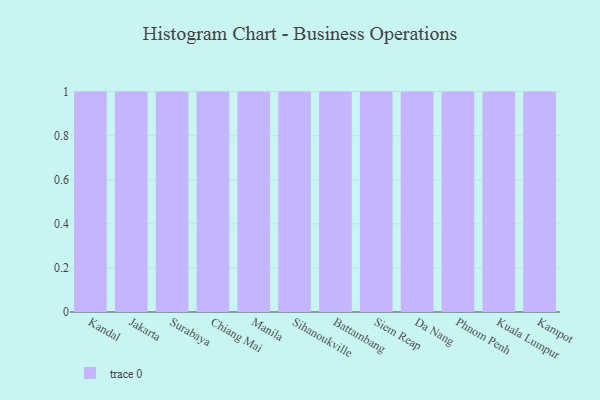
{"axis": {"x": "City", "y": "Churn Rate (%)"}, "legend": [""], "data": [{"x": "Kandal", "y": 99, "type": ""}, {"x": "Jakarta", "y": 98, "type": ""}, {"x": "Surabaya", "y": 60, "type": ""}, {"x": "Chiang Mai", "y": 81, "type": ""}, {"x": "Manila", "y": 30, "type": ""}, {"x": "Sihanoukville", "y": 45, "type": ""}, {"x": "Battambang", "y": 22, "type": ""}, {"x": "Siem Reap", "y": 2, "type": ""}, {"x": "Da Nang", "y": 95, "type": ""}, {"x": "Phnom Penh", "y": 9, "type": ""}, {"x": "Kuala Lumpur", "y": 12, "type": ""}, {"x": "Kampot", "y": 2, "type": ""}]}